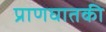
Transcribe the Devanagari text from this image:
प्राणघातकी